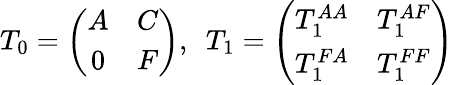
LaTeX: T_{0}=\left(\begin{array}{cc}{A}&{C}\\ {0}&{F}\end{array}\right),\ \ T_{1}=\left(\begin{array}{cc}{T_{1}^{AA}}&{T_{1}^{AF}}\\ {T_{1}^{FA}}&{T_{1}^{FF}}\end{array}\right)